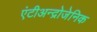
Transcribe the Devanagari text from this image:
एंटीअन्द्रोजेनिक